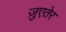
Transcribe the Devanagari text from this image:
ज़ुएतेर